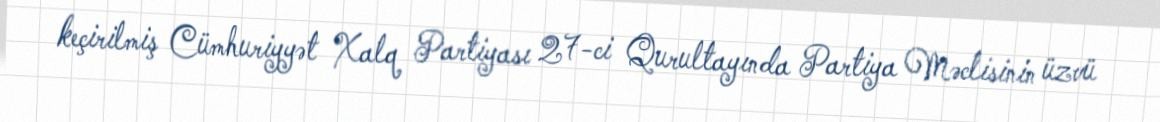
keçirilmiş Cümhuriyyət Xalq Partiyası 27-ci Qurultayında Partiya Məclisinin üzvü